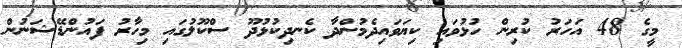
މީގެ 48 އަހަރު ކުރިން ހުޅުވައި ކިޔަވައިދެމުންދާ ކެނދިކުޅުދޫ ސްކޫލުގައި މިހާރު ފައުންޑޭޝަނުން